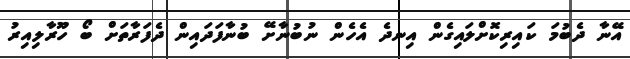
އޭނާ ދެބުމަ ކައިރިކޮށްލައިގެން އިނދެ އެހެން ނުބުނާށޭ ބުނާފަދައިން ދެފަރާތަށް ބޯ ހޫރާލިއިރު